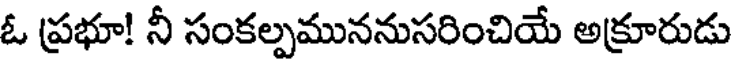
ఓ ప్రభూ! నీ సంకల్పముననుసరించియే అక్రూరుడు